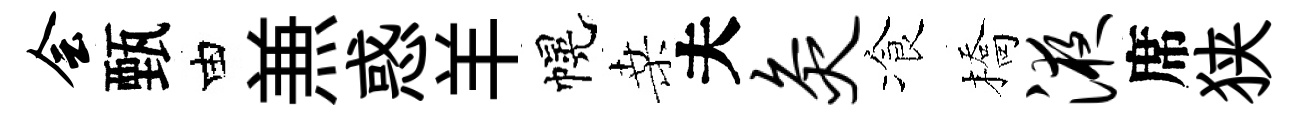
会甄由𠔥惑羊幌桑夫灸飡橋液席狭